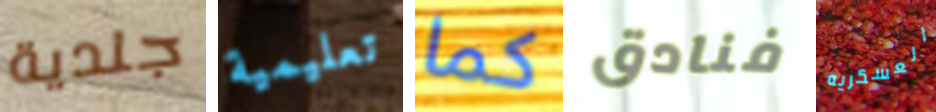
جلدية تعليمية كما فنادق العسكريه